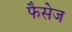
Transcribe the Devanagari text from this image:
फैसेज